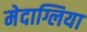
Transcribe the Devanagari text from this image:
मेदाग्लिया